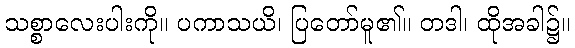
သစ္စာလေးပါးကို။ ပကာသယိ၊ ပြတော်မူ၏။ တဒါ၊ ထိုအခါ၌။